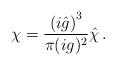
LaTeX: \begin{align*}\chi=\frac{\left( i{\hat g} \right)^3}{\pi (ig)^2}{\hat{\chi}}\, .\end{align*}